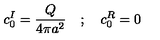
c _ { 0 } ^ { I } = \frac { Q } { 4 \pi a ^ { 2 } } \quad ; \quad c _ { 0 } ^ { R } = 0